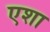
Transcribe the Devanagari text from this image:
एशा